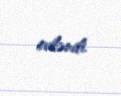
evləndi.